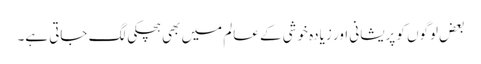
بعض لوگوں کو پریشانی اور زیادہ خوشی کے عالم میں بھی ہچکی لگ جاتی ہے۔